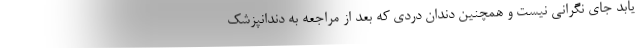
یابد جای نگرانی نیست و همچنین دندان دردی که بعد از مراجعه به دندانپزشک